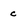
Character: c